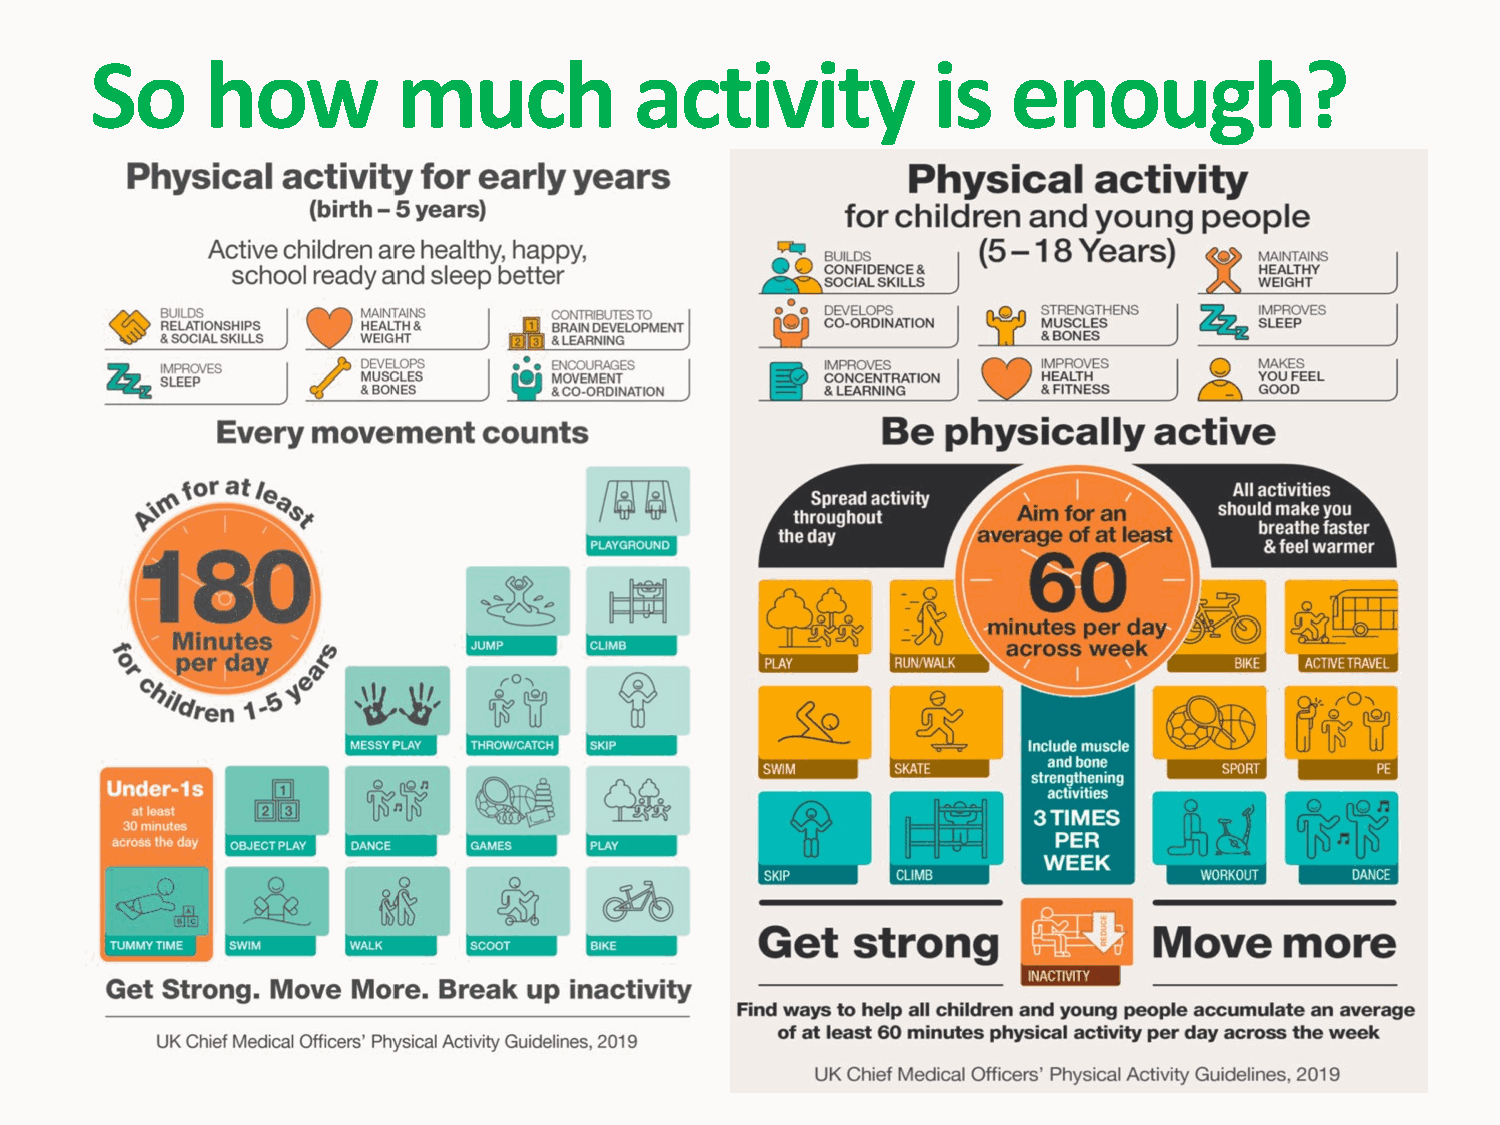
So      how         much            activity            is   enough?